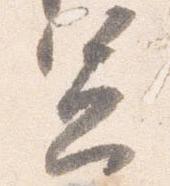
憲